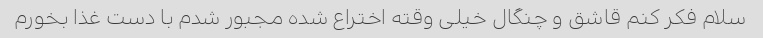
سلام فکر کنم قاشق و چنگال خیلی وقته اختراع شده مجبور شدم با دست غذا بخورم